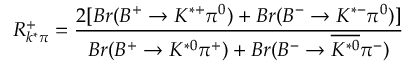
R _ { k ^ { * } \pi } ^ { + } = \frac { 2 [ B r ( B ^ { + } \rightarrow K ^ { * + } \pi ^ { 0 } ) + B r ( B ^ { - } \rightarrow K ^ { * - } \pi ^ { 0 } ) ] } { B r ( B ^ { + } \rightarrow K ^ { * 0 } \pi ^ { + } ) + B r ( B ^ { - } \rightarrow \overline { { { K ^ { * 0 } } } } \pi ^ { - } ) }